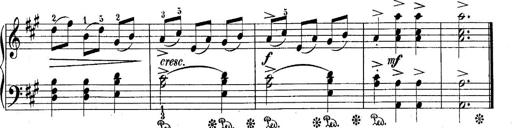
Title: 10 Sonatines progressives
Composer: Anton Schmoll